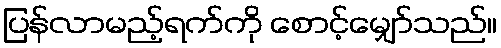
ပြန်လာမည့်ရက်ကို စောင့်မျှော်သည်။